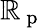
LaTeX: \mathbb{R}_{\mathrm{{~p~}}}